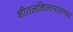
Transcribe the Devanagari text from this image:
शीतलशिलामालम्ब्य